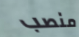
منصب